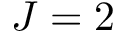
J = 2